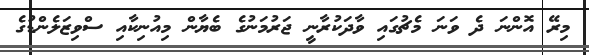
މިރޭ އޮންނަ ދެ ވަނަ މެޗުގައި ވާދަކުރާނީ ޖަރުމަނުގެ ބެޔާން މިއުނިކާއި ސްވިޒަލެންޑުގެ